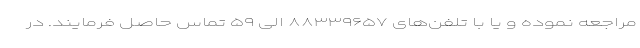
مراجعه نموده و یا با تلفن‌های ۸۸۳۳۹۶۵۷ الی ۵۹ تماس حاصل فرمایند. در